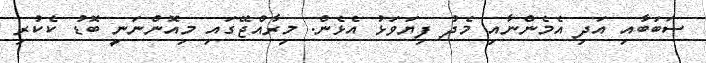
ސަބަބާއި އަދި އެމެންނާއި މެދު ފިޔަވަޅު އެޅެން. މިރާއްޖޭގައި މިއޮންނަނީ ބޮޑު ކެކުރި